Indian journal of veterinary science and animal husbandry - Volume 6,
Year: 1936
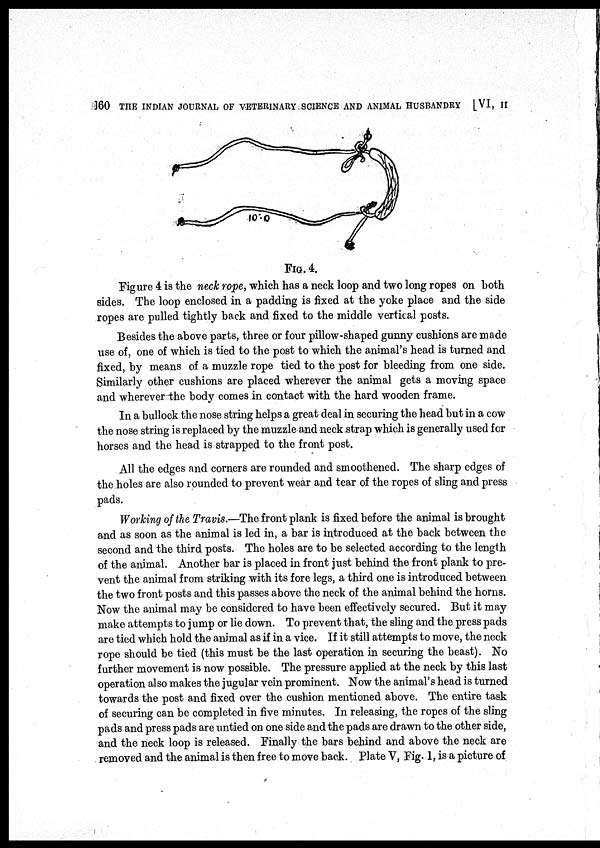
160 THE INDIAN JOURNAL OF VETERINARY SCIENCE AND ANIMAL HUSBANDRY [VI, II
FIG. 4.
Figure 4 is the neck rope, which has a neck loop and two long ropes on both
sides. The loop enclosed in a padding is fixed at the yoke place and the side
ropes are pulled tightly back and fixed to the middle vertical posts.
Besides the above parts, three or four pillow-shaped gunny cushions are made
use of, one of which is tied to the post to which the animal's head is turned and
fixed, by means of a muzzle rope tied to the post for bleeding from one side.
Similarly other cushions are placed wherever the animal gets a moving space
and wherever the body comes in contact with the hard wooden frame.
In a bullock the nose string helps a great deal in securing the head but in a cow
the nose string is replaced by the muzzle and neck strap which is generally used for
horses and the head is strapped to the front post.
All the edges and corners are rounded and smoothened. The sharp edges of
the holes are also rounded to prevent wear and tear of the ropes of sling and press
pads.
Working of the Travis.—The front plank is fixed before the animal is brought
and as soon as the animal is led in, a bar is introduced at the back between the
second and the third posts. The holes are to be selected according to the length
of the animal. Another bar is placed in front just behind the front plank to pre-
vent the animal from striking with its fore legs, a third one is introduced between
the two front posts and this passes above the neck of the animal behind the horns.
Now the animal may be considered to have been effectively secured. But it may
make attempts to jump or lie down. To prevent that, the sling and the press pads
are tied which hold the animal as if in a vice. If it still attempts to move, the neck
rope should be tied (this must be the last operation in securing the beast). No
further movement is now possible. The pressure applied at the neck by this last
operation also makes the jugular vein prominent. Now the animal's head is turned
towards the post and fixed over the cushion mentioned above. The entire task
of securing can be completed in five minutes. In releasing, the ropes of the sling
pads and press pads are untied on one side and the pads are drawn to the other side,
and the neck loop is released. Finally the bars behind and above the neck are
removed and the animal is then free to move back. Plate V, Fig.1, is a picture of